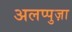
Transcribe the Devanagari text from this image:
अलप्पुज़ा